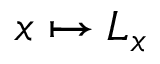
x \mapsto L _ { x }